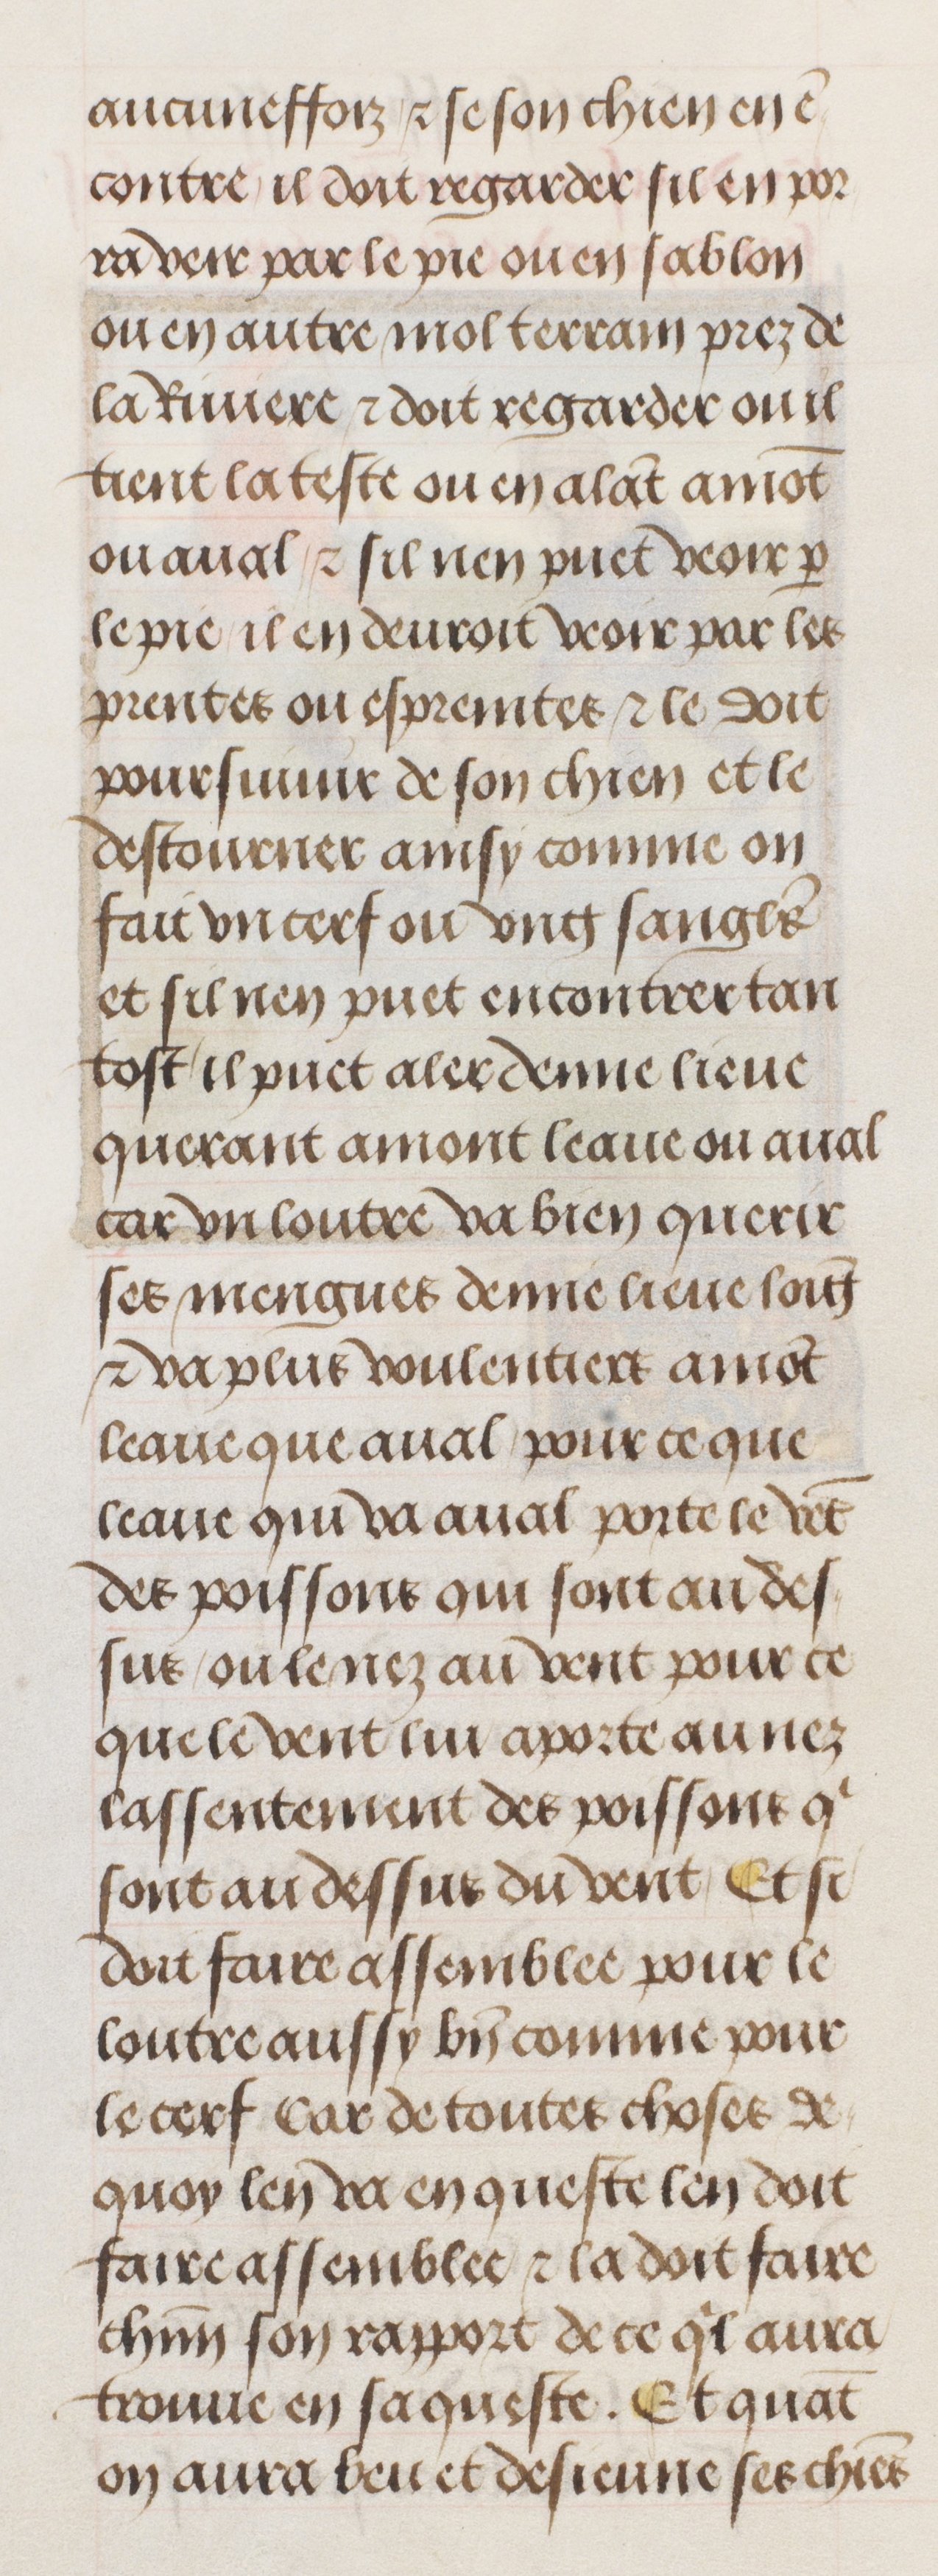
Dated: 1470–1500